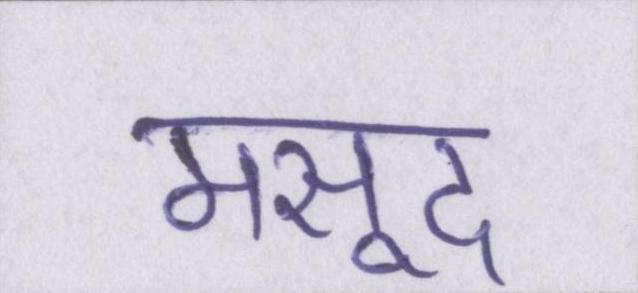
मसूद